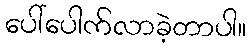
ပေါ်ပေါက်လာခဲ့တာပါ။